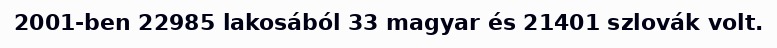
2001-ben 22985 lakosából 33 magyar és 21401 szlovák volt.